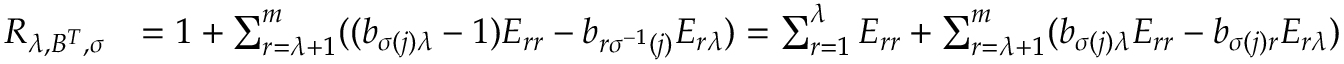
\begin{array} { r l } { R _ { \lambda , B ^ { T } , \sigma } } & { = \boldsymbol { 1 } + \sum _ { r = \lambda + 1 } ^ { m } ( ( b _ { \sigma ( j ) \lambda } - 1 ) E _ { r r } - b _ { r \sigma ^ { - 1 } ( j ) } E _ { r \lambda } ) = \sum _ { r = 1 } ^ { \lambda } E _ { r r } + \sum _ { r = \lambda + 1 } ^ { m } ( b _ { \sigma ( j ) \lambda } E _ { r r } - b _ { \sigma ( j ) r } E _ { r \lambda } ) } \end{array}